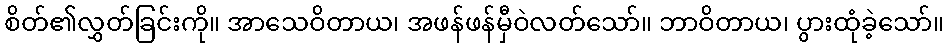
စိတ်၏လွှတ်ခြင်းကို။ အာသေဝိတာယ၊ အဖန်ဖန်မှီဝဲလတ်သော်။ ဘာဝိတာယ၊ ပွားထုံခဲ့သော်။